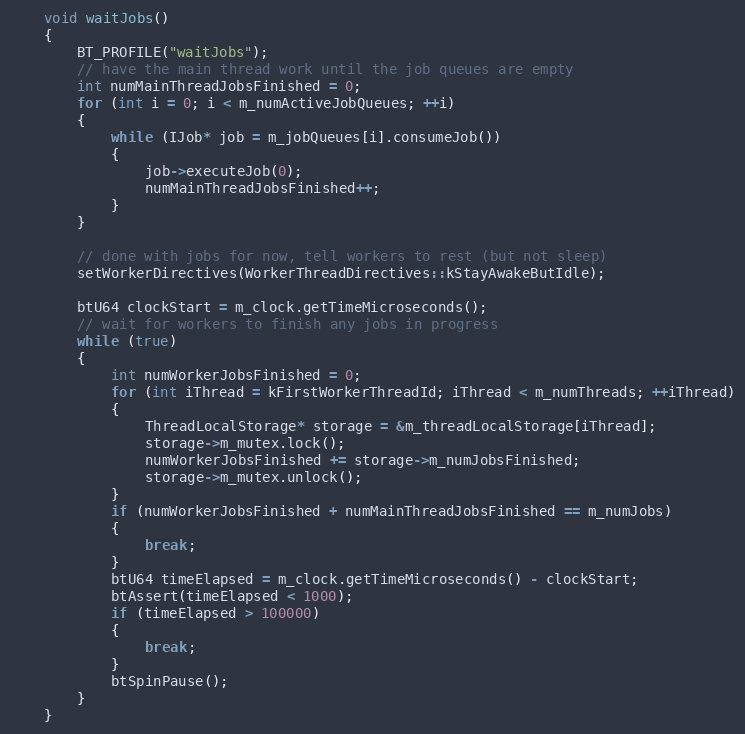
Language: C++
	void waitJobs()
	{
		BT_PROFILE("waitJobs");
		// have the main thread work until the job queues are empty
		int numMainThreadJobsFinished = 0;
		for (int i = 0; i < m_numActiveJobQueues; ++i)
		{
			while (IJob* job = m_jobQueues[i].consumeJob())
			{
				job->executeJob(0);
				numMainThreadJobsFinished++;
			}
		}

		// done with jobs for now, tell workers to rest (but not sleep)
		setWorkerDirectives(WorkerThreadDirectives::kStayAwakeButIdle);

		btU64 clockStart = m_clock.getTimeMicroseconds();
		// wait for workers to finish any jobs in progress
		while (true)
		{
			int numWorkerJobsFinished = 0;
			for (int iThread = kFirstWorkerThreadId; iThread < m_numThreads; ++iThread)
			{
				ThreadLocalStorage* storage = &m_threadLocalStorage[iThread];
				storage->m_mutex.lock();
				numWorkerJobsFinished += storage->m_numJobsFinished;
				storage->m_mutex.unlock();
			}
			if (numWorkerJobsFinished + numMainThreadJobsFinished == m_numJobs)
			{
				break;
			}
			btU64 timeElapsed = m_clock.getTimeMicroseconds() - clockStart;
			btAssert(timeElapsed < 1000);
			if (timeElapsed > 100000)
			{
				break;
			}
			btSpinPause();
		}
	}